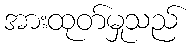
အားထုတ်မှုသည်